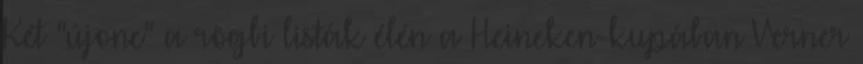
Két "újonc" a rögbi listák élén a Heineken-kupában Verner